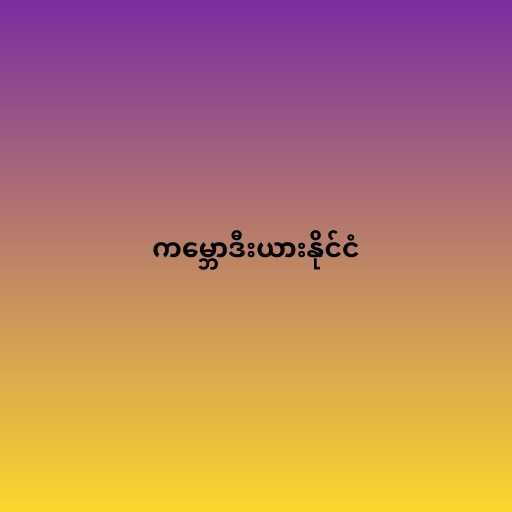
ကမ္ဘောဒီးယားနိုင်ငံ